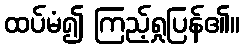
ထပ်မံ၍ ကြည့်ရှုပြန်၏။